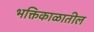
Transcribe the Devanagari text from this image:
भक्तिकाळातील